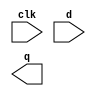
// You are given a module my_dff with two inputs and one output (that implements a D flip-flop). Instantiate three of them, then 
// chain them together to make a shift register of length 3. The clk port needs to be connected to all instances.

module my_dff( 
    input clk, 
    input d, 
    output q 
    );
endmodule

module top_module( 
    input clk, 
    input d, 
    output q 
    );

    wire q_df1, q_df2;

    my_dff df1( clk, d, q_df1);
    my_dff df2( clk, q_df1, q_df2);
    my_dff df3( clk, q_df2, q);
endmodule